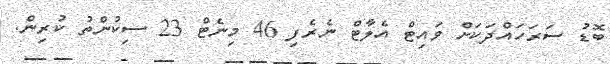
ބޮޑު ސަރަހައްދަކަށް ވައިޓް އެލާޓް ނެރެފި 46 މިނެޓް 23 ސިކުންތު ކުރިން.